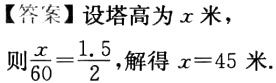
【答案】设塔高为\(x\)米，

则\(\frac{x}{60}=\frac{1.5}{2}\)，解得\(x = 45\)米.